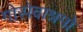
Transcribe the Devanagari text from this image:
गोसेवाश्रमो